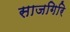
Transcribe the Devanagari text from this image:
साजगिरि